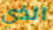
الذي